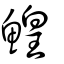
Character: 鰉